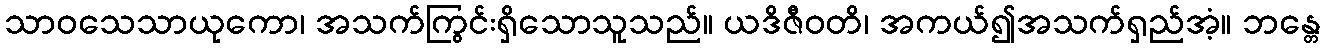
သာဝသေသာယုကော၊ အသက်ကြွင်းရှိသောသူသည်။ ယဒိဇီဝတိ၊ အကယ်၍အသက်ရှည်အံ့။ ဘန္တေ